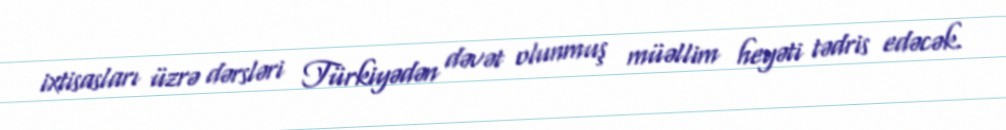
ixtisasları üzrə dərsləri Türkiyədən dəvət olunmuş müəllim heyəti tədris edəcək.